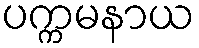
ပက္ကမနာယ